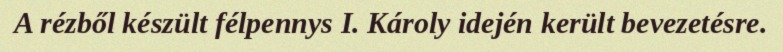
A rézből készült félpennys I. Károly idején került bevezetésre.